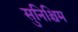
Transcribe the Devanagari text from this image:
सुनिश्चिम